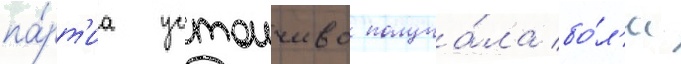
па́рт'иа устоичиво получа́ла бо́л'ее